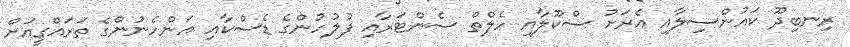
ރިނބިދޫ ކައުންސިލާއި އެރަށު ސްކޫލާއި ހެލްތް ސެންޓަރާއި ފުލުހުންގެ ޑެސްކާއި އަންހެނުންގެ ތަރައްގީއަށް